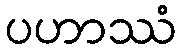
ပဟာဿံ